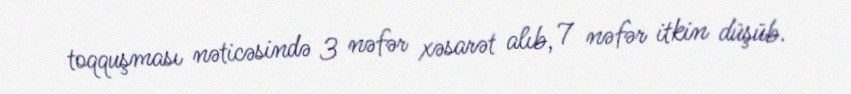
toqquşması nəticəsində 3 nəfər xəsarət alıb, 7 nəfər itkin düşüb.